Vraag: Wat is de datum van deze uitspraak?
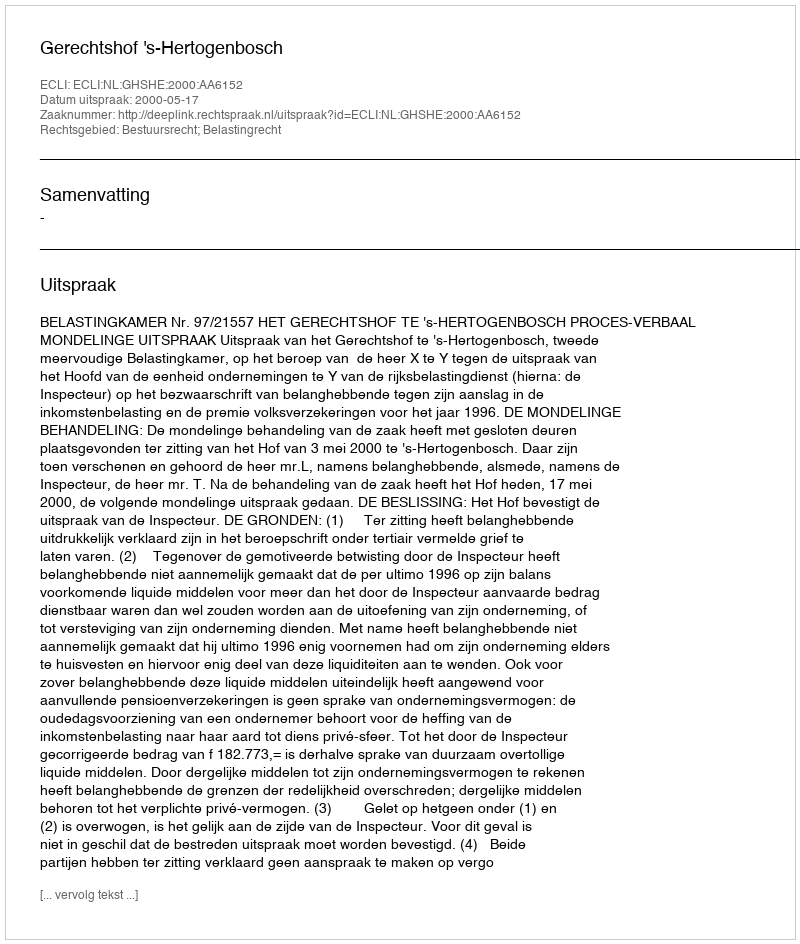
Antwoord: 2000-05-17